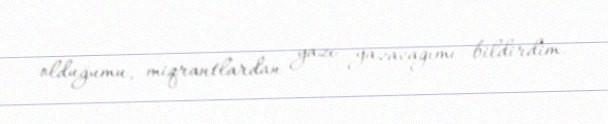
olduğumu, miqrantlardan yazı yazacağımı bildirdim.